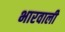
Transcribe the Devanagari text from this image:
भारवाली